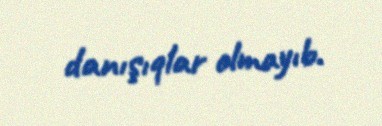
danışıqlar olmayıb.